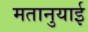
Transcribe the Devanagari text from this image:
मतानुयाई